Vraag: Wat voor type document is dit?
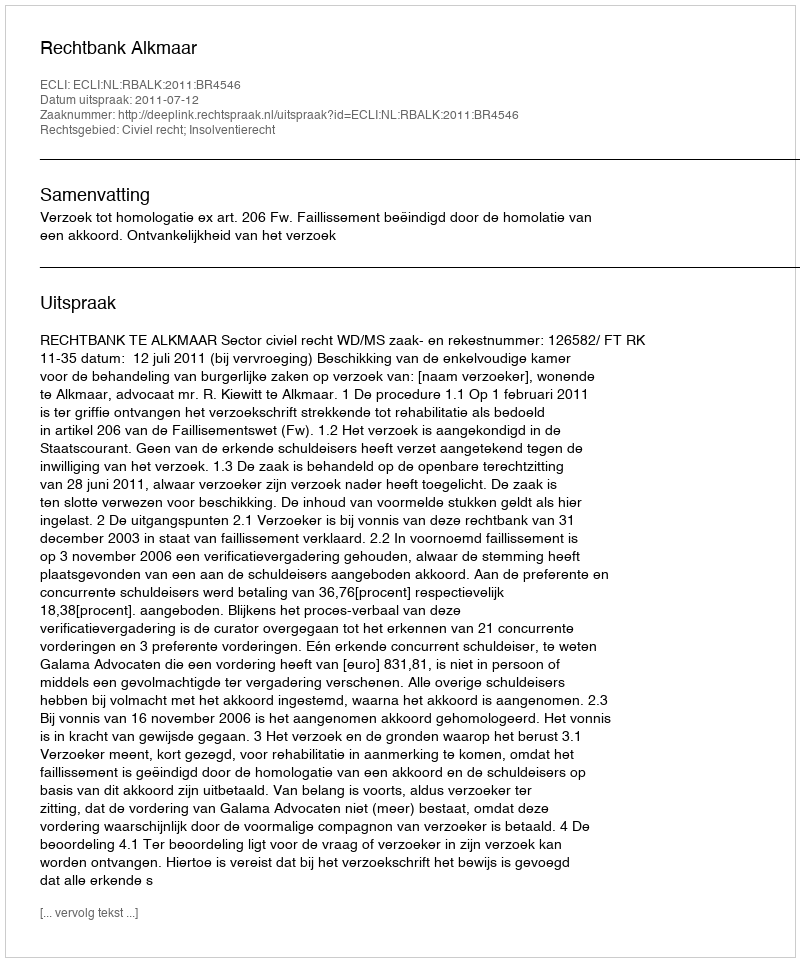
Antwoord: Uitspraak